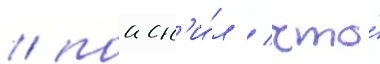
/ поасн'и́л / что́